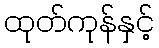
ထုတ်ကုန်နှင့်